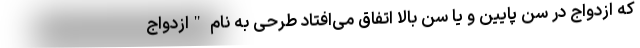
که ازدواج در سن پایین و یا سن بالا اتفاق می‌افتاد طرحی به نام "ازدواج